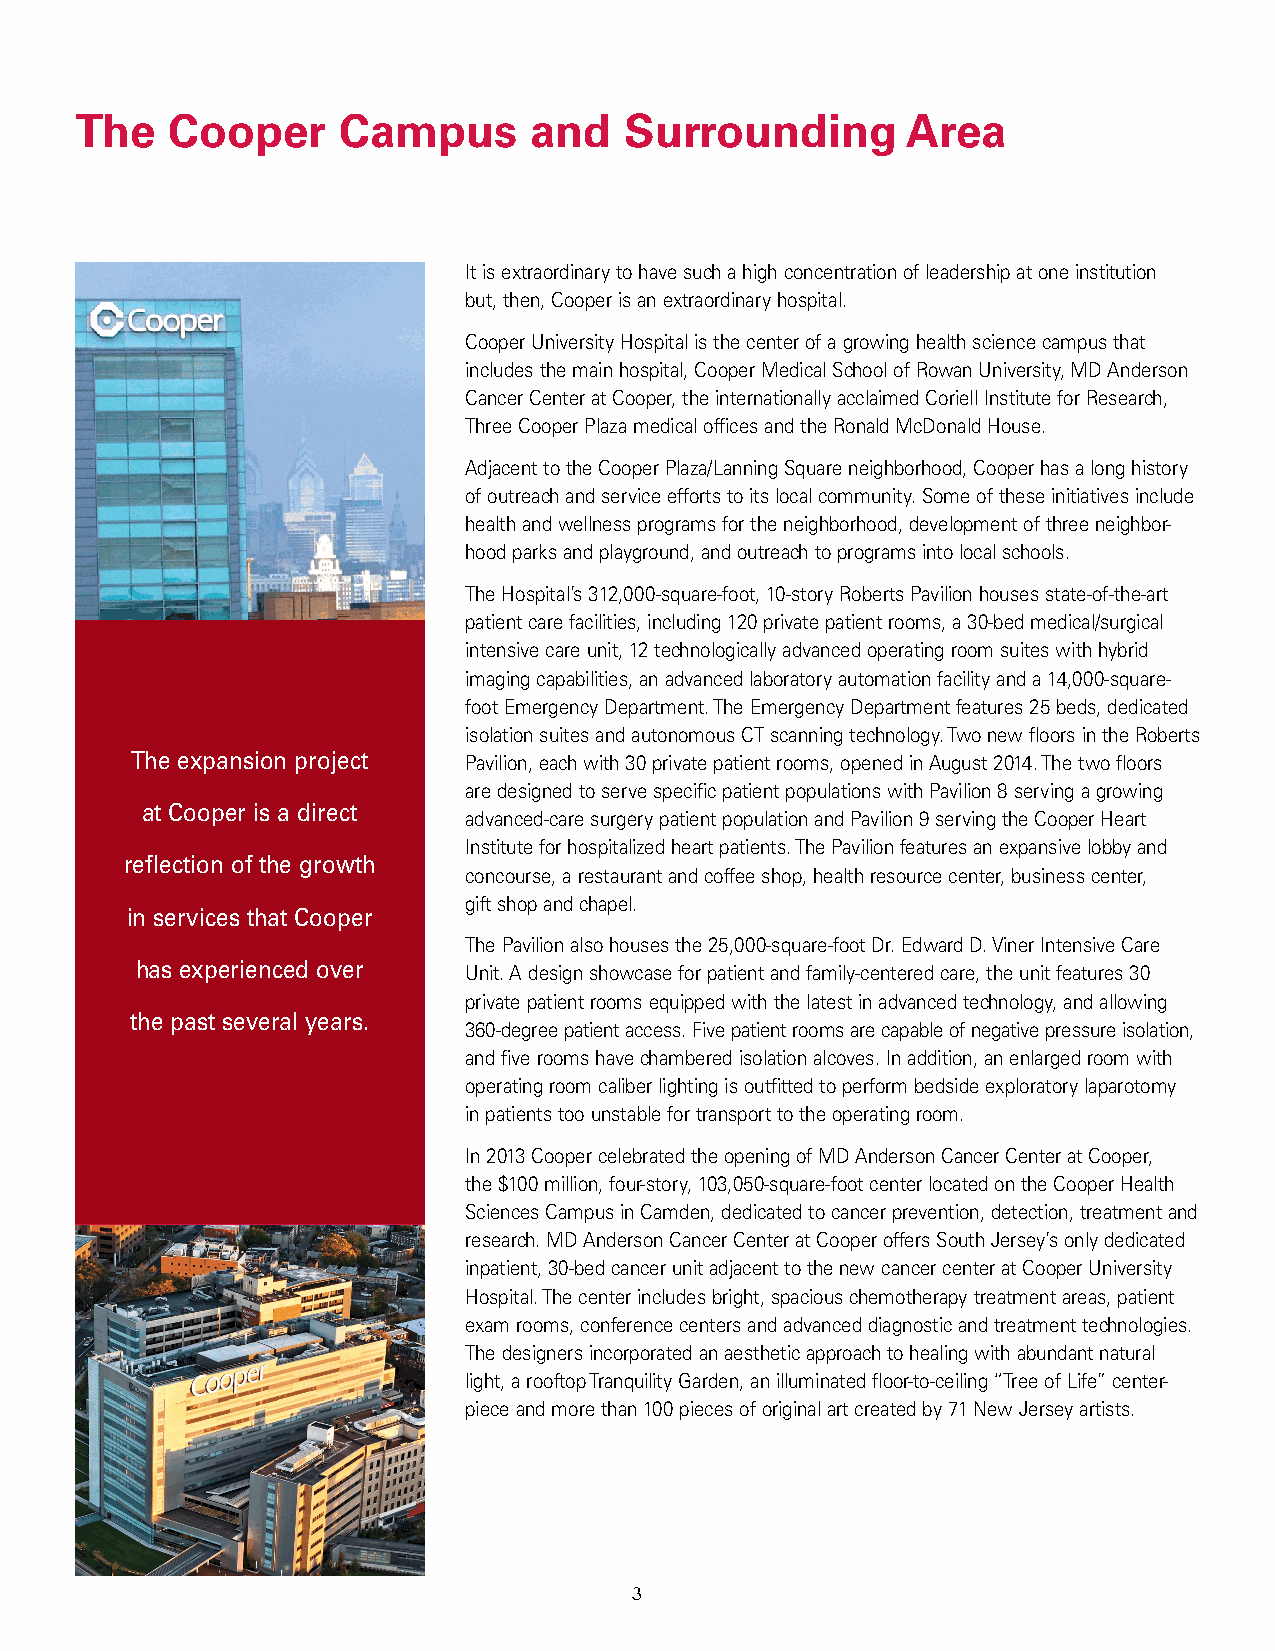
The   Cooper      Campus      and   Surrounding        Area
 It is extraordinary to have such a high concentration of leadership at one institution
 but, then, Cooper is an extraordinary hospital.
 Cooper University Hospital is the center of a growing health science campus that
 includes the main hospital, Cooper Medical School of Rowan University, MD Anderson
 Cancer Center at Cooper, the internationally acclaimed Coriell Institute for Research,
 Three Cooper Plaza medical offices and the Ronald McDonald House.
 Adjacent to the Cooper Plaza/Lanning Square neighborhood, Cooper has a long history
 of outreach and service efforts to its local community. Some of these initiatives include
 health and wellness programs for the neighborhood, development of three neighbor-
 hood parks and playground, and outreach to programs into local schools.
 The Hospital’s 312,000-square-foot, 10-story Roberts Pavilion houses state-of-the-art
 patient care facilities, including 120 private patient rooms, a 30-bed medical/surgical
 intensive care unit, 12 technologically advanced operating room suites with hybrid
 imaging capabilities, an advanced laboratory automation facility and a 14,000-square-
 foot Emergency Department. The Emergency Department features 25 beds, dedicated
 isolation suites and autonomous CT scanning technology. Two new floors in the Roberts
 The expansion project Pavilion, each with 30 private patient rooms, opened in August 2014. The two floors
 are designed to serve specific patient populations with Pavilion 8 serving a growing
 at Cooper is a direct
 advanced-care surgery patient population and Pavilion 9 serving the Cooper Heart
 Institute for hospitalized heart patients. The Pavilion features an expansive lobby and
 reflection of the growth
 concourse, a restaurant and coffee shop, health resource center, business center,
 gift shop and chapel.
 in services that Cooper
 The Pavilion also houses the 25,000-square-foot Dr. Edward D. Viner Intensive Care
 has experienced over  Unit. A design showcase for patient and family-centered care, the unit features 30
 private patient rooms equipped with the latest in advanced technology, and allowing
 the past several years.
 360-degree patient access. Five patient rooms are capable of negative pressure isolation,
 and five rooms have chambered isolation alcoves. In addition, an enlarged room with
 operating room caliber lighting is outfitted to perform bedside exploratory laparotomy
 in patients too unstable for transport to the operating room.
 In 2013 Cooper celebrated the opening of MD Anderson Cancer Center at Cooper,
 the $100 million, four-story, 103,050-square-foot center located on the Cooper Health
 Sciences Campus in Camden, dedicated to cancer prevention, detection, treatment and
 research. MD Anderson Cancer Center at Cooper offers South Jersey’s only dedicated
 inpatient, 30-bed cancer unit adjacent to the new cancer center at Cooper University
 Hospital. The center includes bright, spacious chemotherapy treatment areas, patient
 exam rooms, conference centers and advanced diagnostic and treatment technologies.
 The designers incorporated an aesthetic approach to healing with abundant natural
 light, a rooftop Tranquility Garden, an illuminated floor-to-ceiling “Tree of Life” center-
 piece and more than 100 pieces of original art created by 71 New Jersey artists.
 3